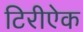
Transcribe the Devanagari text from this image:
टिरीऐक